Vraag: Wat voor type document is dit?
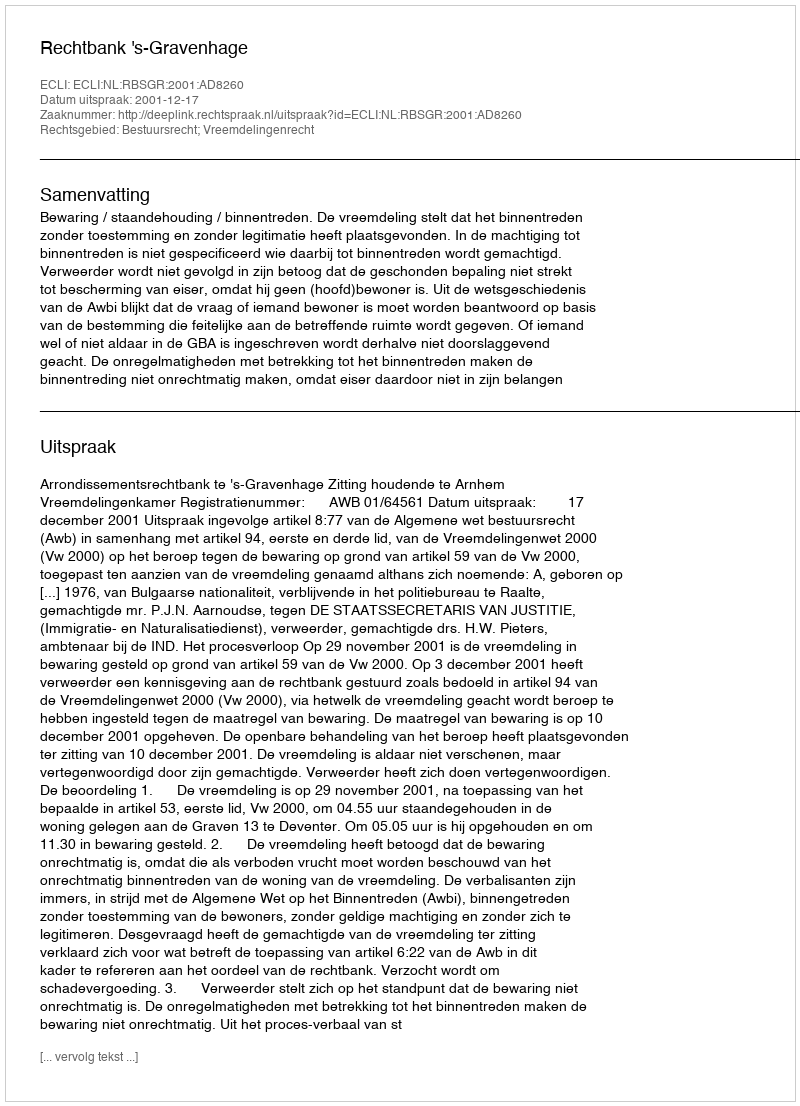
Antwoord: Uitspraak